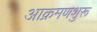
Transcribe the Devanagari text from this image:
आक्रमणशुरू